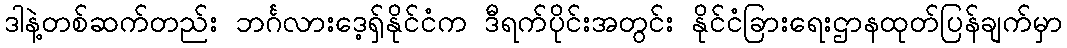
ဒါနဲ့တစ်ဆက်တည်း ဘင်္ဂလားဒေ့ရှ်နိုင်ငံက ဒီရက်ပိုင်းအတွင်း နိုင်ငံခြားရေးဌာနထုတ်ပြန်ချက်မှာ